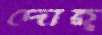
দোহ্‌